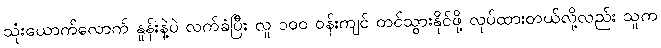
သုံးယောက်လောက် နှုန်းနဲ့ပဲ လက်ခံပြီး လူ ၁၀၀ ဝန်းကျင် တင်သွားနိုင်ဖို့ လုပ်ထားတယ်လို့လည်း သူက